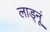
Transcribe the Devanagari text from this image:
लाड्नूं